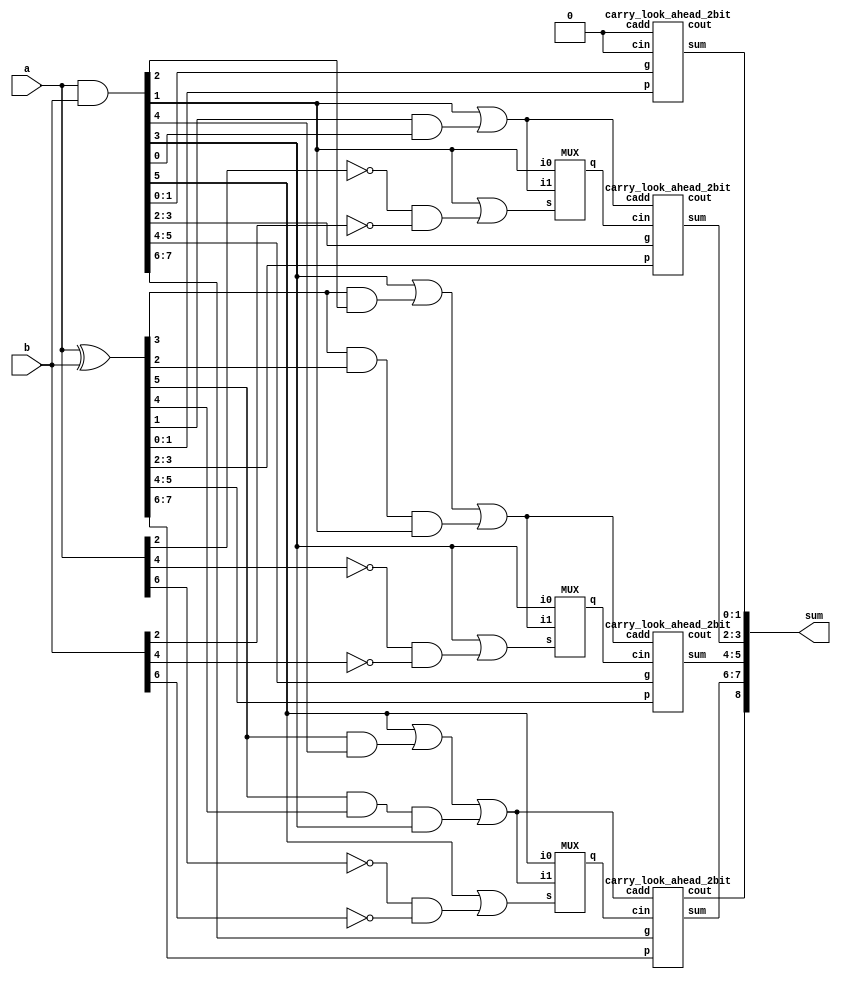
module eru8_2(a,b,sum);
input [7:0] a,b;
output [8:0] sum;
wire [7:0] p,g;
wire [2:0] cadd,cout,c,sel;

assign p = a^b;
assign g = a&b;
assign cadd[0] = g[1] | p[1]&g[0] ;
assign cadd[1] = g[3] | p[3]&g[2] | p[3]&p[2]&g[1] ;
assign cadd[2] = g[5] | p[5]&g[4] | p[5]&p[4]&g[3] ;
assign sel[0] = g[1] | (~a[2])&(~b[2]);
assign sel[1] = g[3] | (~a[4])&(~b[4]);
assign sel[2] = g[5] | (~a[6])&(~b[6]);

MUX cin1(cadd[0],g[1],sel[0],c[0]);
MUX cin2(cadd[1],g[3],sel[1],c[1]);
MUX cin3(cadd[2],g[5],sel[2],c[2]);

carry_look_ahead_2bit cla1(p[1:0], g[1:0], 1'b0 , 1'b0, sum[1:0], cout[0]);
carry_look_ahead_2bit cla2(p[3:2], g[3:2], c[0] , cadd[0], sum[3:2], cout[1]);
carry_look_ahead_2bit cla3(p[5:4], g[5:4], c[1] , cadd[1], sum[5:4], cout[2]);
carry_look_ahead_2bit cla4(p[7:6], g[7:6], c[2] , cadd[2],sum[7:6], sum[8]);
endmodule

module carry_look_ahead_2bit(p,g, cin,cadd, sum,cout);
input [1:0] p,g;
input cin,cadd;
output [1:0] sum;
output cout;
wire [1:0] c;

assign c[0]=cin;
assign c[1]= g[0] | (p[0]&c[0]);
assign cout= g[1] | (p[1]&g[0]) | p[1]&p[0]&c[0];
assign sum[1]=p[1]^c[1];
assign sum[0]=p[0]^c[0] | (~p[0])&(~g[0])&cadd;  
endmodule

module MUX(i1,i0,s,q);
output q;
input i1,i0,s;

assign q = i1&(~s) | i0&s;
endmodule